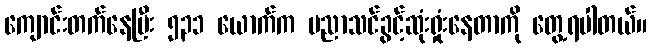
ကျောင်းတက်နေပြီး ၅၃၁ ယောက်က ပညာသင်ခွင့်ဆုံးရှုံးနေတာကို တွေ့ရပါတယ်။